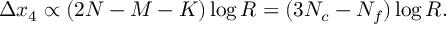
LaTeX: \Delta x _ { 4 } \propto ( 2 N - M - K ) \log R = ( 3 N _ { c } - N _ { f } ) \log R .